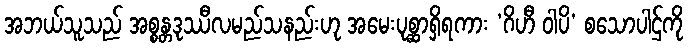
အဘယ်သူသည် အစ္စန္တဒုဿီလမည်သနည်းဟု အမေးပုစ္ဆာရှိရကား ‘ဂိဟီ ဝါပိ’ စသောပါဌ်ကို